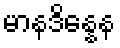
မာနဒိန္နေန